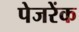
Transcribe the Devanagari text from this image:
पेजरेंक